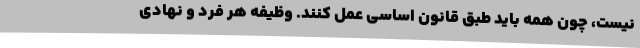
نیست، چون همه باید طبق قانون اساسی عمل کنند. وظیفه هر فرد و نهادی